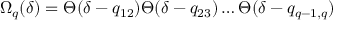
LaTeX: \Omega _ { q } ( \delta ) = \Theta ( \delta - q _ { 1 2 } ) \Theta ( \delta - q _ { 2 3 } ) \ldots \Theta ( \delta - q _ { q - 1 , q } )